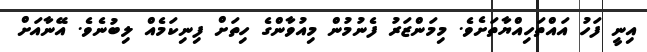
އިނީ ފަހު އައްތަހިއްޔާތަށެވެ. މިމަންޒަރު ފެނުމުން މިއުވާންގެ ހިތަށް ފިނިކަމެއް ލިބުނެވެ. އޭނާއަށް